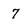
Character: 7